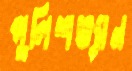
পুলিশভ্যান